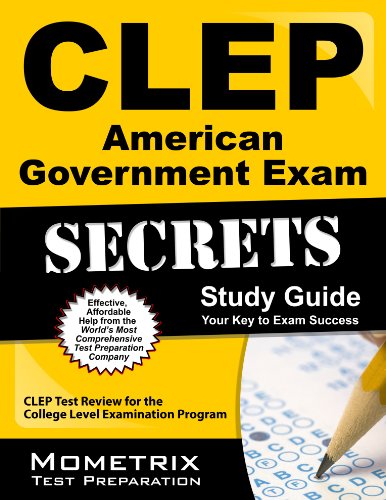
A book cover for CLEP American Government Exam Secrets Study Guide: CLEP Test Review for the College Level Examination Program; CLEP Exam Secrets Test Prep Team; Test Preparation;